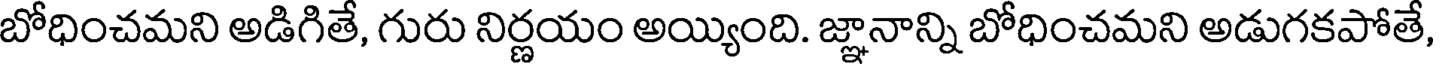
బోధించమని అడిగితే, గురు నిర్ణయం అయ్యింది. జ్ఞానాన్ని బోధించమని అడుగకపోతే